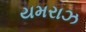
યમરાઝ